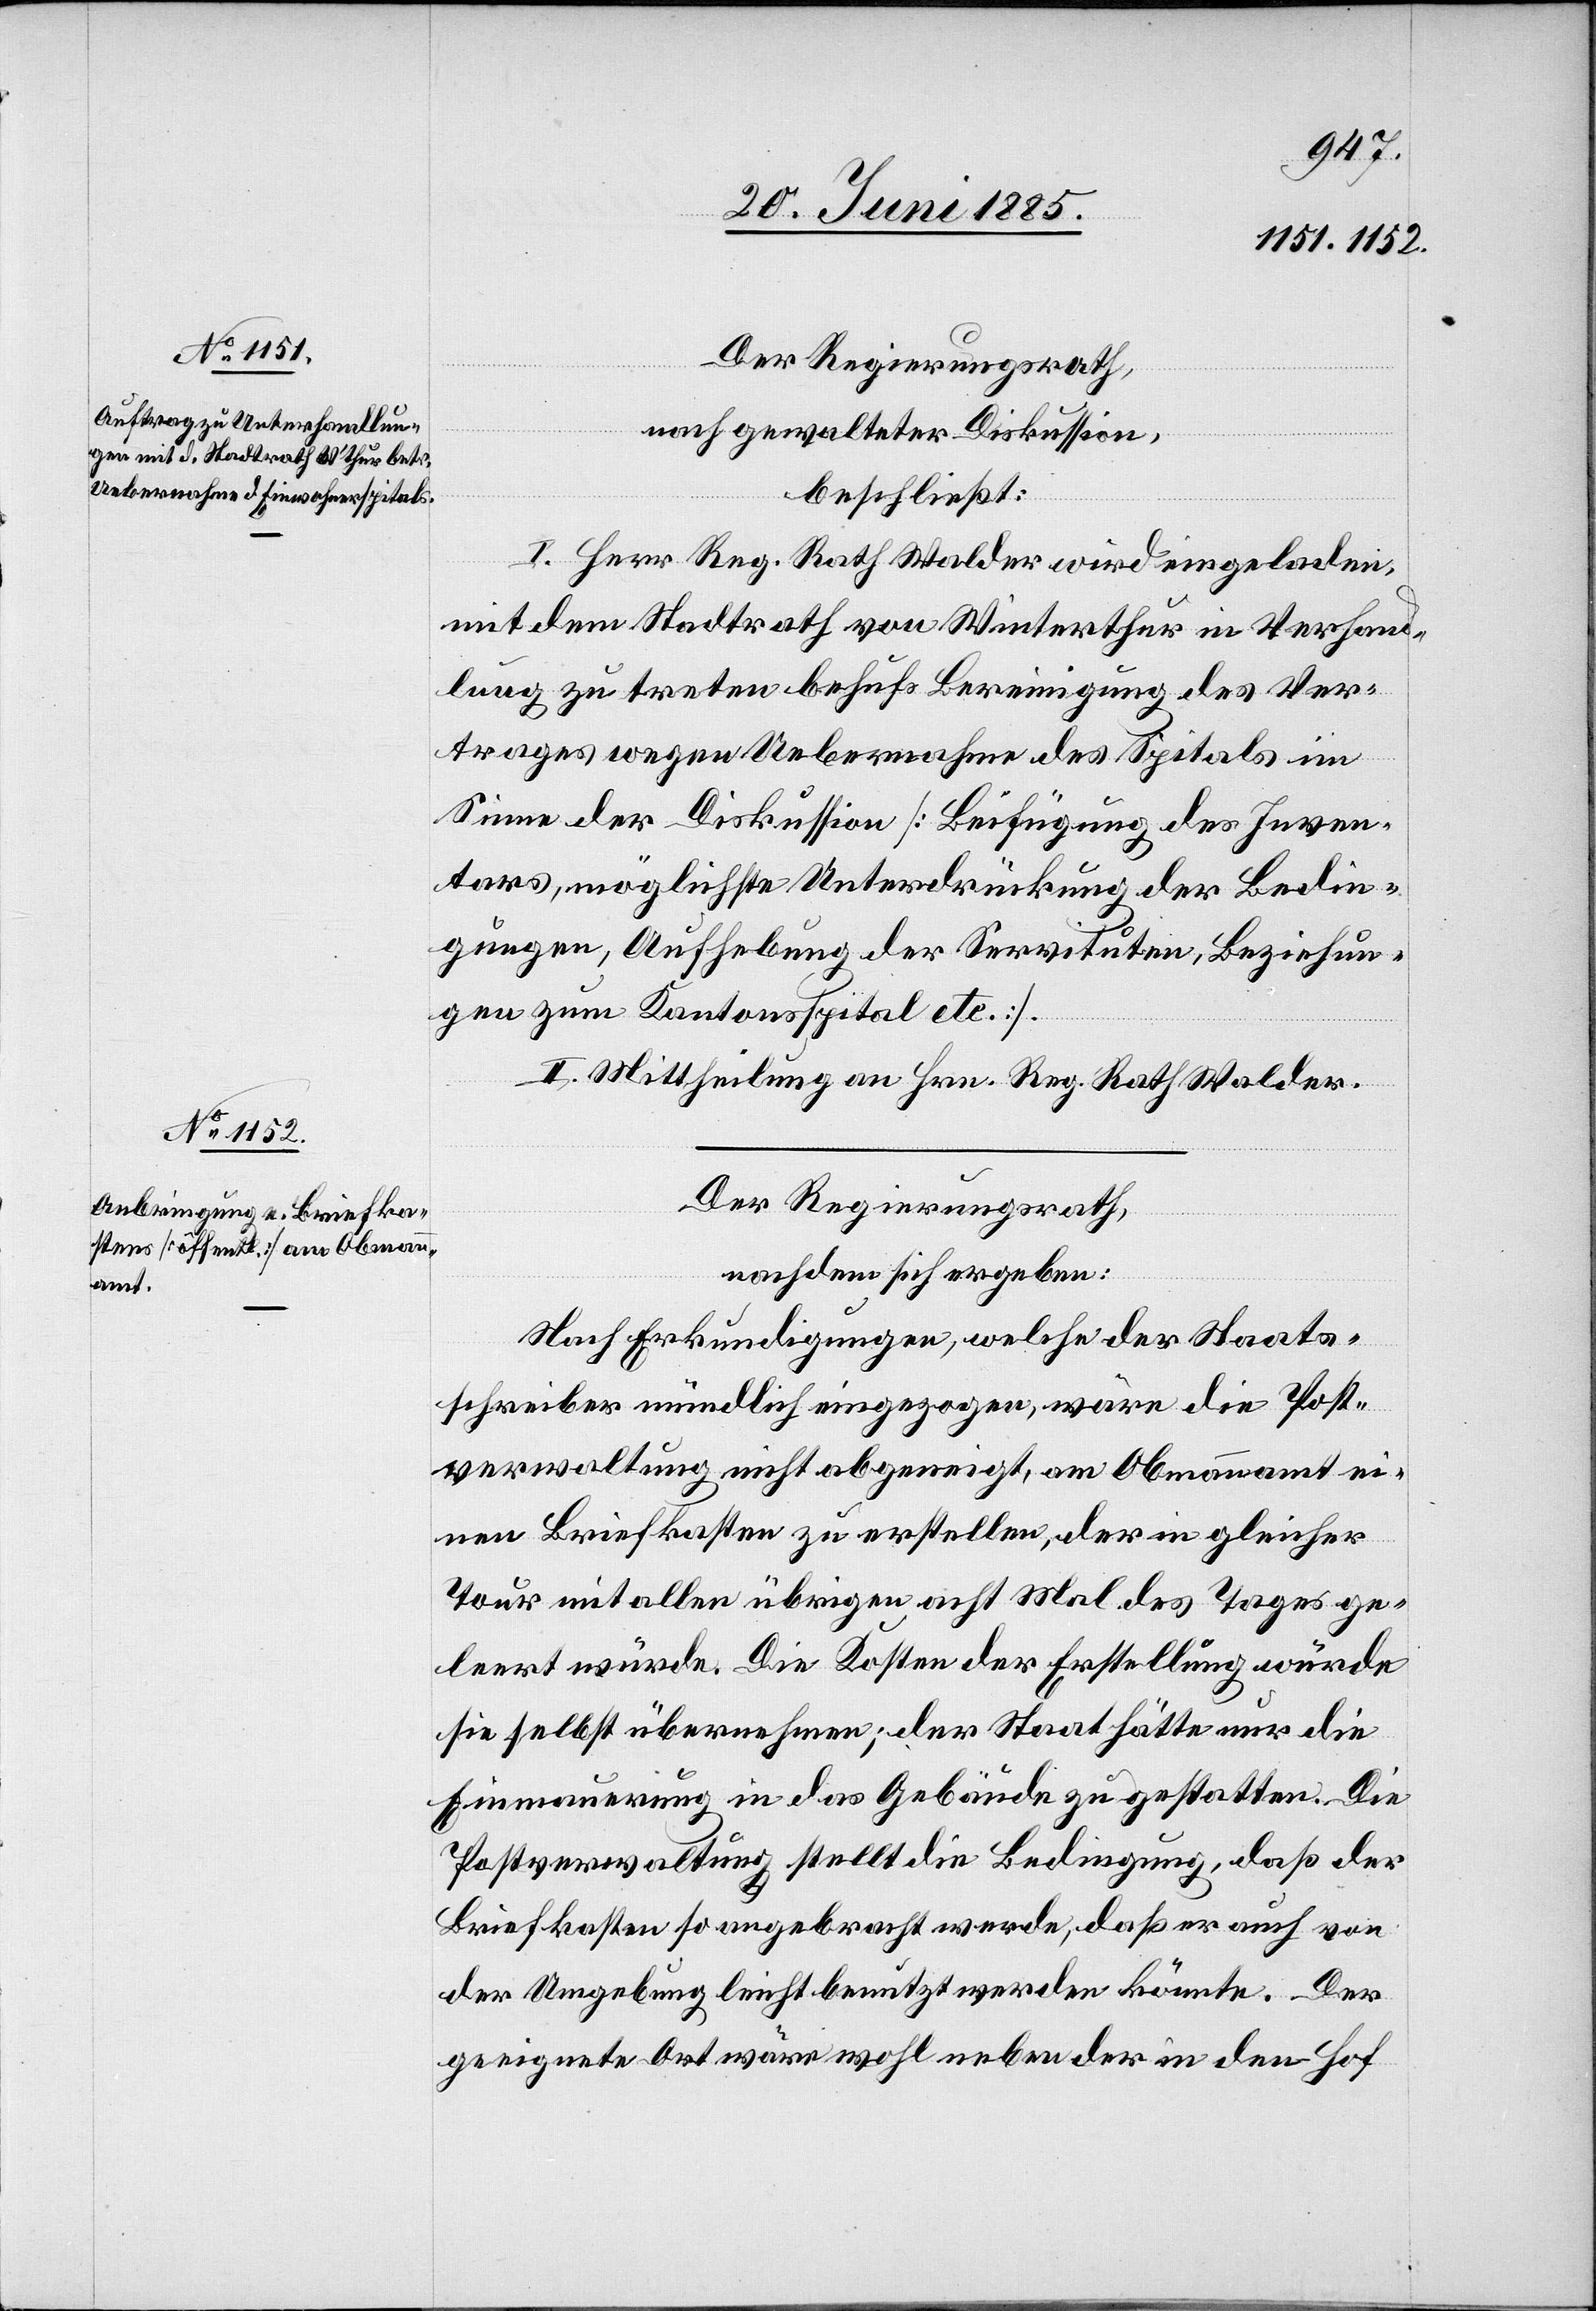
Der Regierungsrath,
nach gewalteter Diskussion,
beschließt:
I. Herr Reg. Rath Walder wird eingeladen,
mit dem Stadtrath von Winterthur in Verhand¬
lung zu treten behufs Bereinigung des Ver¬
trages wegen Uebernahme des Spitals im
Sinne der Diskussion [Beifügung des Inven¬
tars, möglichste Unterdrückung der Bedin¬
gungen, Aufhebung der Servituten, Beziehun¬
gen zum Kantonsspital etc.].
II. Mittheilung an Hrn. Reg. Rath Walder.
Der Regierungsrath,
nachdem sich ergeben:
Nach Erkundigungen, welche der Staats¬
schreiber mündlich eingezogen, wäre die Post¬
verwaltung nicht abgeneigt, am Obmannamt ei¬
nen Briefkasten zu erstellen, der in gleicher
Tour mit allen übrigen acht Mal des Tages ge¬
leert würde. Die Kosten der Erstellung würde
sie selbst übernehmen; der Staat hätte nur die
Einmauerung in das Gebäude zu gestatten. Die
Postverwaltung stellt die Bedingung, daß der
Briefkasten so angebracht werde, daß er auch von
der Umgebung leicht benutzt werden könnte. Der
geeignete Ort wäre wohl neben der in den Hof